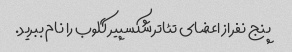
پنج نفر از اعضای تئاتر شکسپیر گلوب را نام ببرید.